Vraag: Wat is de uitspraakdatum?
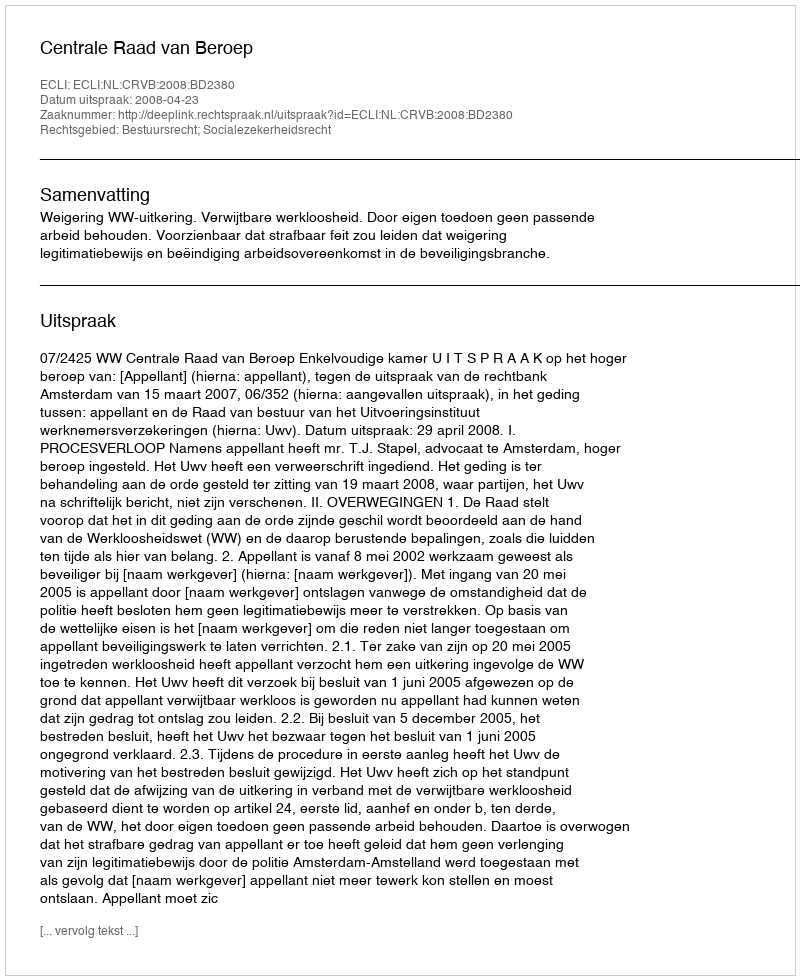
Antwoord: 2008-04-23